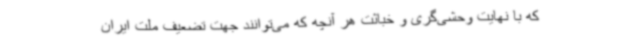
که با نهایت وحشی‌گری و خباثت هر آنچه که می‌توانند جهت تضعیف ملت ایران